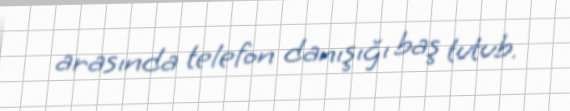
arasında telefon danışığı baş tutub.